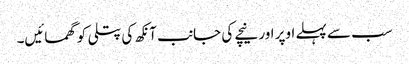
سب سے پہلے اوپر اور نیچے کی جانب آنکھ کی پتلی کو گھمائیں۔